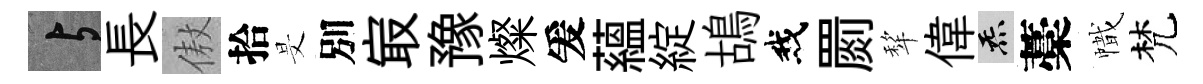
与長傲拾旻別㝡豫燦爰藴綻鴣我罽犂偉炁藁幟梵